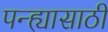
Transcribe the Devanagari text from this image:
पन्ह्यासाठी